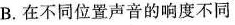
B. 在不同位置声音的响度不同